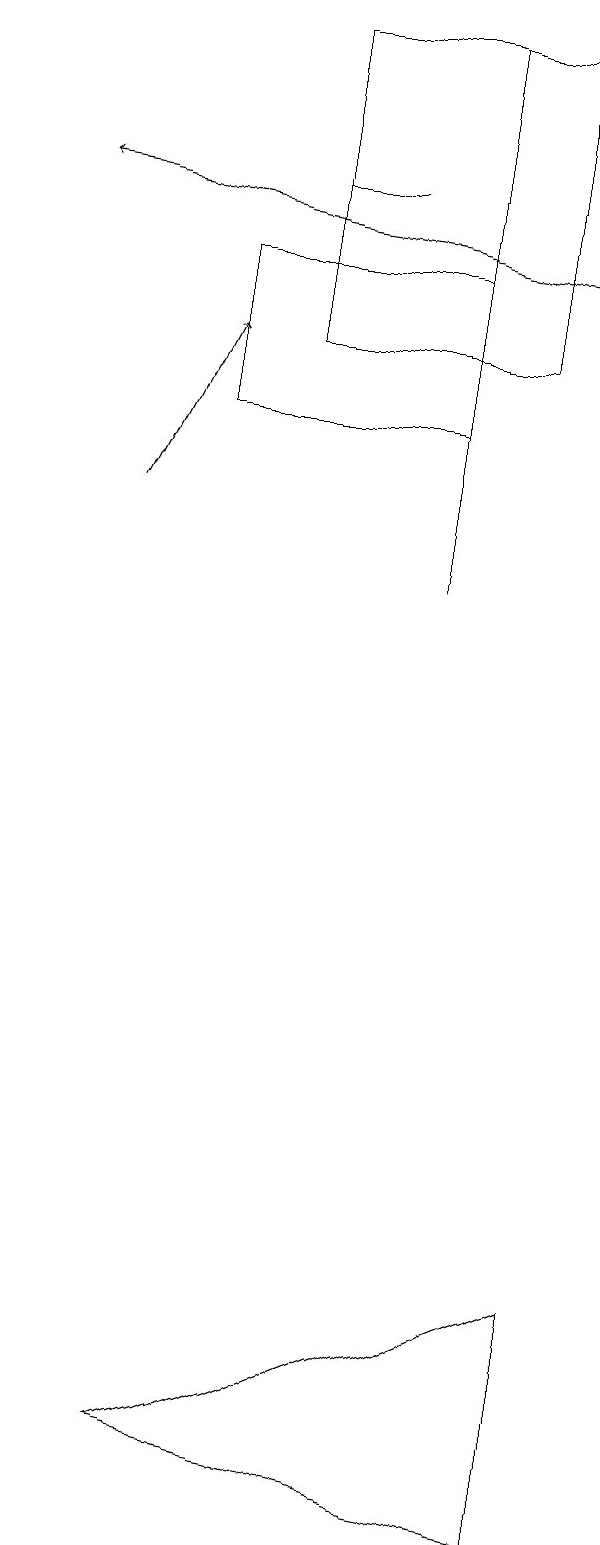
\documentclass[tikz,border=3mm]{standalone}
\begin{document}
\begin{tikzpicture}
\draw (4,16) rectangle (7,14);
\draw (5,17) rectangle (6,17);
\draw (9,0) -- (4,1) -- (9,3) -- cycle;
\draw[->] (9,16) -- (2,17);
\draw[->] (3,13) -- (4,15);
\draw (8,15) rectangle (5,19);
\draw (7,19) rectangle (7,12);
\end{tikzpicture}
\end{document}